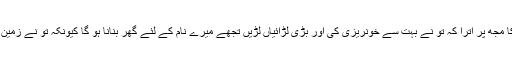
لیکن خداوند کاکلام اس مضمون کا مجھ پر اُترا کہ تو نے بہت سے خونریزی کی اور بڑی لڑائیاں لڑیں تجھے میرے نام کے لئے گھر بنانا ہو گا کیونکہ تو نے زمین پر میرے آگے بہت لُہو بہایا ہے۔